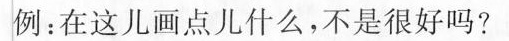
例：在这儿画点儿什么，不是很好吗?